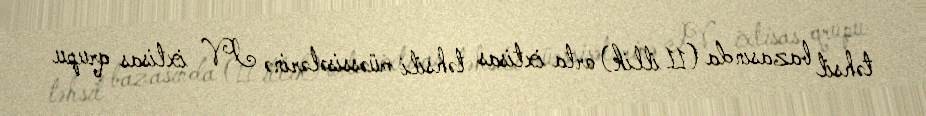
təhsil bazasında (11 illik) orta ixtisas təhsili müəssisələrinə IV ixtisas qrupu